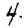
Digit: 4